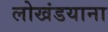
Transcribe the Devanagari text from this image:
लोखंडयाना